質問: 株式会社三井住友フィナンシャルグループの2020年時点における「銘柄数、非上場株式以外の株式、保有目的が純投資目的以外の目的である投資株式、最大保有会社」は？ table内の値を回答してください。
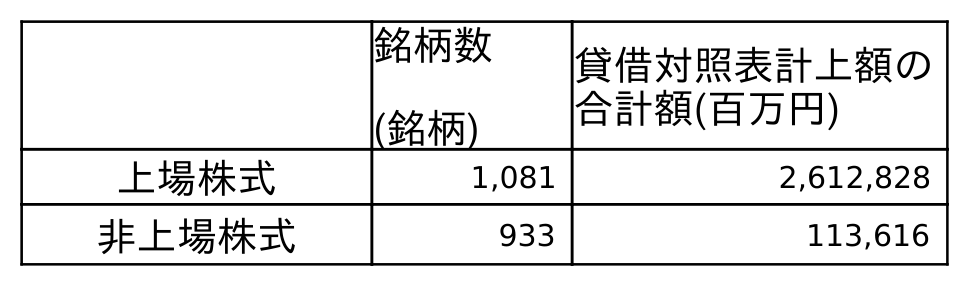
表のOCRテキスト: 銘柄数 (銘柄) 貸借対照表計上額の 合計額(百万円) 上場株式 1,081 2,612,828 非上場株式 933 113,616
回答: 1,081